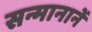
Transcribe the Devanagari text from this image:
सन्मानानें